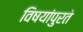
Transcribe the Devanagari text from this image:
विषयांपुरते